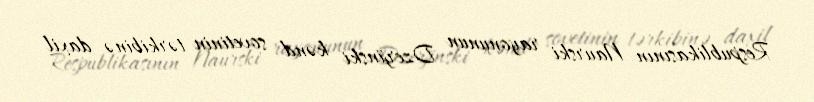
Respublikasının Naurski rayonunun Dzerjinski kənd sovetinin tərkibinə daxil